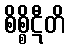
စိစ္စိဋီတိ